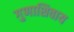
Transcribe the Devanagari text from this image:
गुणाशिवाय